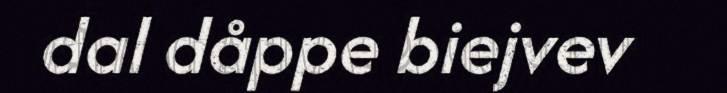
dal dåppe biejvev